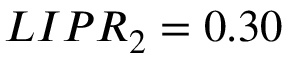
L I P R _ { 2 } = 0 . 3 0